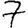
Digit: 7